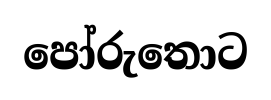
පෝරුතොට